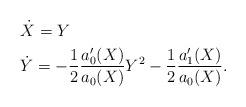
LaTeX: \begin{align*}\begin{aligned}&\dot X = Y \\&\dot Y = -\frac{1}{2}\frac{a'_0(X)}{a_0(X)}Y^2 - \frac{1}{2}\frac{a_1'(X)}{a_0(X)}.\end{aligned}\end{align*}